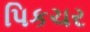
પિકચર